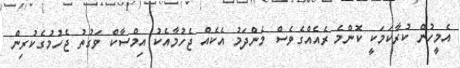
އެމީހުން ކުރާކަމަކީ ކޮންމެ ރެއެއްގެވެސް މެންދަމު އެކެއް ޖެހުމާއެކު އިމްސާކް ވަގުތު ޖެހުމުގެކުރިން